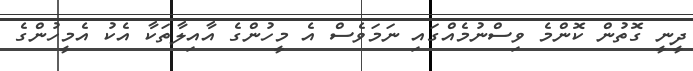
ދީނީ ގޮތުން ކޮންމެ ވިސްނުމެއްގައި ނަމަވެސް އެ މީހުންގެ އާއިލާތަކާ އެކު އެމީހުންގެ